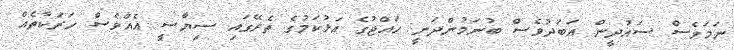
ނަމަވެސް ސައުދީން އަބަދުވެސް ބުނަމުންދަނީ ހައްޖުގެ އަޅުކަމުގެ ތެރޭގައި ސިޔާސީ އެއްވެސް ހަރަކާތެއް